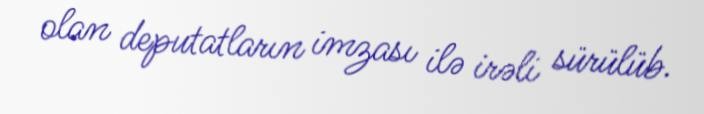
olan deputatların imzası ilə irəli sürülüb.